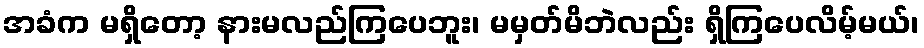
အခံက မရှိတော့ နားမလည်ကြပေဘူး၊ မမှတ်မိဘဲလည်း ရှိကြပေလိမ့်မယ်၊